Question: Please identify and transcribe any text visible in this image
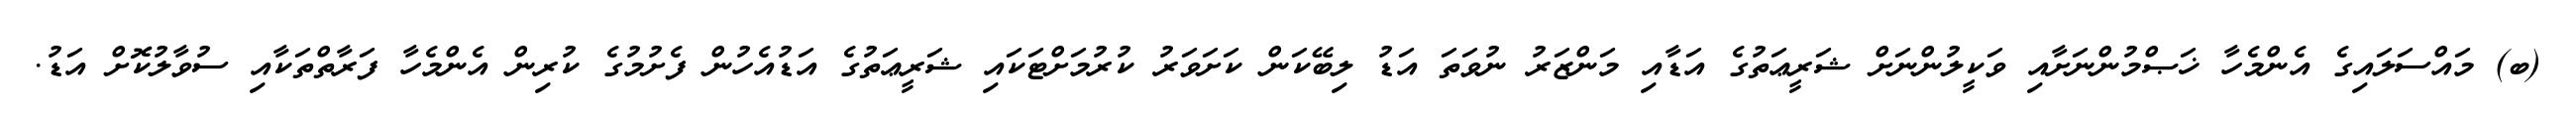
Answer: (ބ) މައްސަލައިގެ އެންމެހާ ޚަޞްމުންނަށާއި ވަކީލުންނަށް ޝަރީޢަތުގެ އަޑާއި މަންޒަރު ނުވަތަ އަޑު ލިބޭކަން ކަށަވަރު ކުރުމަށްޓަކައި ޝަރީޢަތުގެ އަޑުއެހުން ފެށުމުގެ ކުރިން އެންމެހާ ފަރާތްތަކާއި ސުވާލުކޮށް އަޑު.